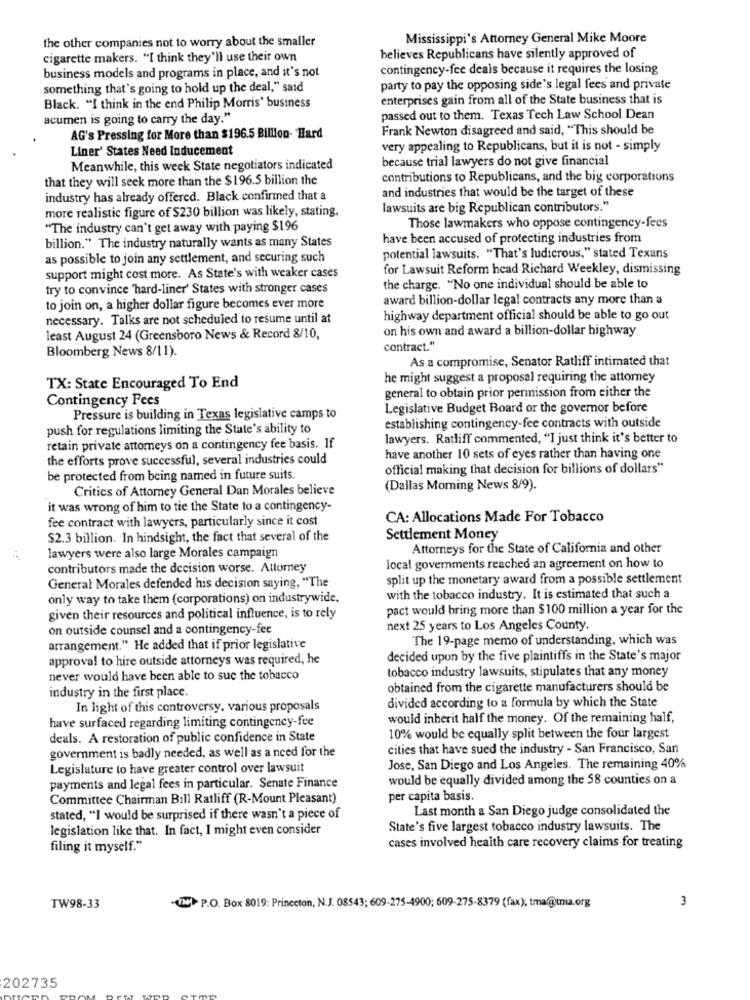
the other companies not to worry about the smaller
Mississippi's Attorney General Mike Moore
cigarette makers. "I think they'll use their own
believes Republicans have silently approved of
business models and programs in place, and it's not
contingency-fee deals because it requires the losing
something that's going to hold up the deal," said
party to pay the opposing side's legal fees and private
enterprises gain from all of the State business that is
Black. "I think in the end Philip Morris' business
acumen is going to carry the day."
passed out to them. Texas Tech Law School Dean
Frank Newton disagreed and said, "This should be
AG's Pressing for More than $196.5 Billion- Hard
Liner' States Need Inducement
very appealing to Republicans, but it is not - simply
because trial lawyers do not give financial
Meanwhile, this week State negotiators indicated
that they will seek more than the $196.5 billion the
contributions to Republicans, and the big corporations
and industries that would be the target of these
industry has already offered. Black confirmed that a
more realistic figure of S230 billion was likely, stating,
lawsuits are big Republican contributors."
"The industry can't get away with paying $196
Those lawmakers who oppose contingency-fees
billion." The industry naturally wants as many States
have been accused of protecting industries from
as possible to join any settlement, and securing such
potential lawsuits. "That's ludicrous," stated Texans
for Lawsuit Reform head Richard Weekley, dismissing
support might cost more. As State's with weaker cases
try to convince 'hard-liner' States with stronger cases
the charge. "No one individual should be able to
award billion-dollar legal contracts any more than a
to join on, a higher dollar figure becomes ever more
necessary. Talks are not scheduled to resume until at
highway department official should be able to go out
on his own and award a billion-dollar highway
least August 24 (Greensboro News & Record 8/10,
Bloomberg News 8/11).
contract."
As a compromise, Senator Ratliff intimated that
he might suggest a proposal requiring the attomey
TX: State Encouraged To End
general to obtain prior permission from either the
Contingency Fees
Legislative Budget Board or the governor before
Pressure is building in Texas legislative camps to
push for regulations limiting the State's ability to
establishing contingency-fee contracts with outside
lawyers. Ratliff commented, "I just think it's better to
retain private attorneys on a contingency fee basis. If
the efforts prove successful, several industries could
have another 10 sets of eyes rather than having one
official making that decision for billions of dollars"
be protected from being named in future suits.
Critics of Attorney General Dan Morales believe
(Dallas Morning News 8/9).
it was wrong of him to tie the State to a contingency-
fee contract with lawyers, particularly since it cost
CA: Allocations Made For Tobacco
$2.3 billion. In hindsight, the fact that several of the
Settlement Money
Attorneys for the State of California and other
. .
lawyers were also large Morales campaign
contributors made the decision worse. Attorney
local governments reached an agreement on how to
split up the monetary award from a possible settlement
General Morales defended his decision saying, "The
only way to take them (corporations) on industrywide,
with the tobacco industry. It is estimated that such a
pact would bring more than $100 million a year for the
given their resources and political influence, is to rely
on outside counsel and a contingency-fee
next 25 years to Los Angeles County.
The 19-page memo of understanding, which was
arrangement." He added that if prior legislative
approval to hire outside attorneys was required, he
decided upon by the five plaintiffs in the State's major
tobacco industry lawsuits, stipulates that any money
never would have been able to sue the tobacco
industry in the first place.
obtained from the cigarette manufacturers should be
In light of this controversy, various proposals
divided according to a formula by which the State
have surfaced regarding limiting contingency-fee
would inherit half the money. Of the remaining half,
deals. A restoration of public confidence in State
10% would be equally split between the four largest
government is badly needed, as well as a need for the
cities that have sued the industry - San Francisco, San
Legislature to have greater control over lawsuit
Jose, San Diego and Los Angeles. The remaining 40%
would be equally divided among the 58 counties on a
payments and legal fees in particular. Senate Finance
Committee Chairman Bill Ratliff (R-Mount Pleasant)
per capita basis.
Last month a San Diego judge consolidated the
stated, "I would be surprised if there wasn't a piece of
legislation like that. In fact, I might even consider
State's five largest tobacco industry lawsuits. The
filing it myself."
cases involved health care recovery claims for treating
3
TW98-33
-UN> P.O. Box 8019: Princeton, N.J. 08543; 609-275-4900; 609-275-8379 (fax); tma@tma.org
202735